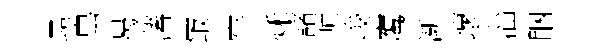
尋畢曷藩㝡牢秌諸幘峻鹰渐壞淄睏